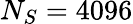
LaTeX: N_{S}=4096